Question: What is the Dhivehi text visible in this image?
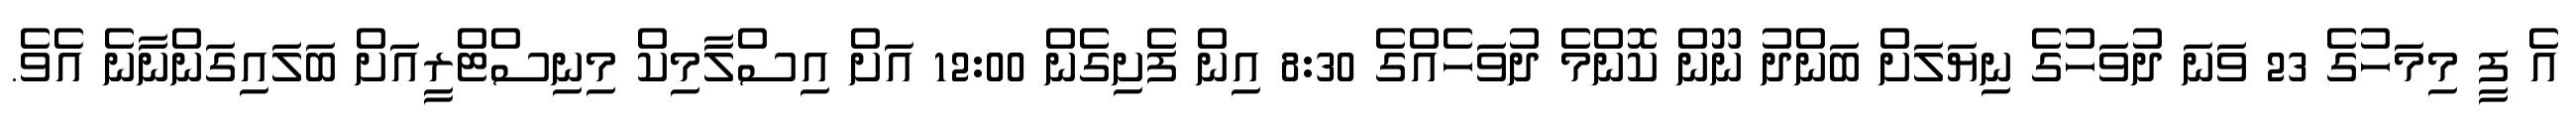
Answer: އެ ފީ މިމަހުގެ 23 ވަނަ ދުވަހުގެ ނިޔަލަށް ބަންދު ނޫން ކޮންމެ ދުވަހެއްގެ 8:30 އިން ފެށިގެން 12:00 އަށް އިސްލާމިކް މިނިސްޓްރީއަށް ބަލައިގަންނާނެ އެވެ.